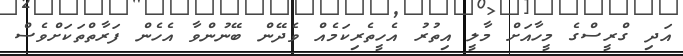
އަދި ގްރީސްގެ މީހާއަށް މާލީ އިތުރު އެހީތެރިކަމެއް ވެދޭން ބޭނުންވާ އެހެން ފަރާތްތަކަށްވެސް